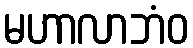
မဟာလာဘံဝ